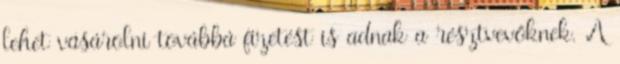
lehet vásárolni továbbá fizetést is adnak a résztvevőknek. A